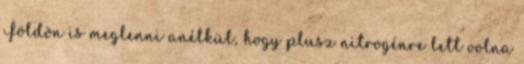
Földön is meglenni anélkül, hogy plusz nitrogénre lett volna